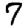
Digit: 7